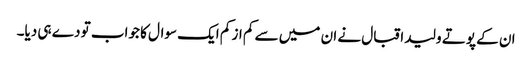
ان کے پوتے ولید اقبال نے ان میں سے کم از کم ایک سوال کا جواب تو دے ہی دیا۔